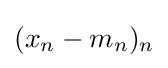
{\textstyle (x_{n}-m_{n})_{n}}